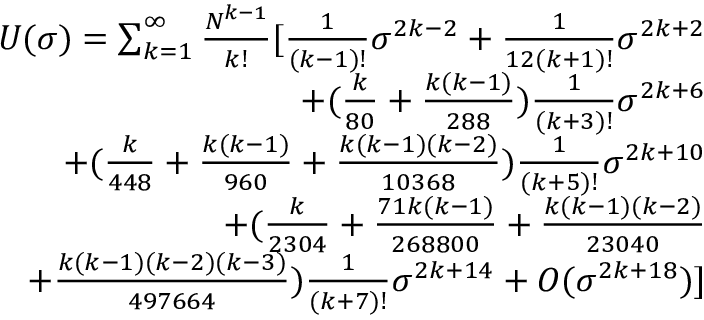
\begin{array} { r l r } & { } & { U ( \sigma ) = \sum _ { k = 1 } ^ { \infty } \frac { N ^ { k - 1 } } { k ! } [ \frac { 1 } { ( k - 1 ) ! } \sigma ^ { 2 k - 2 } + \frac { 1 } { 1 2 ( k + 1 ) ! } \sigma ^ { 2 k + 2 } } \\ & { } & { + ( \frac { k } { 8 0 } + \frac { k ( k - 1 ) } { 2 8 8 } ) \frac { 1 } { ( k + 3 ) ! } \sigma ^ { 2 k + 6 } } \\ & { } & { + ( \frac { k } { 4 4 8 } + \frac { k ( k - 1 ) } { 9 6 0 } + \frac { k ( k - 1 ) ( k - 2 ) } { 1 0 3 6 8 } ) \frac { 1 } { ( k + 5 ) ! } \sigma ^ { 2 k + 1 0 } } \\ & { } & { + ( \frac { k } { 2 3 0 4 } + \frac { 7 1 k ( k - 1 ) } { 2 6 8 8 0 0 } + \frac { k ( k - 1 ) ( k - 2 ) } { 2 3 0 4 0 } } \\ & { } & { + \frac { k ( k - 1 ) ( k - 2 ) ( k - 3 ) } { 4 9 7 6 6 4 } ) \frac { 1 } { ( k + 7 ) ! } \sigma ^ { 2 k + 1 4 } + O ( \sigma ^ { 2 k + 1 8 } ) ] } \end{array}